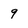
Character: q